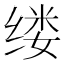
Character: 缕